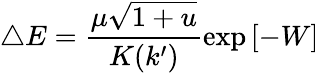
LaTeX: \triangle E=\frac{\mu\sqrt{1+u}}{K(k^{\prime})}\exp{[-W]}